Indian journal of veterinary science and animal husbandry - Volume 8,
Year: 1938
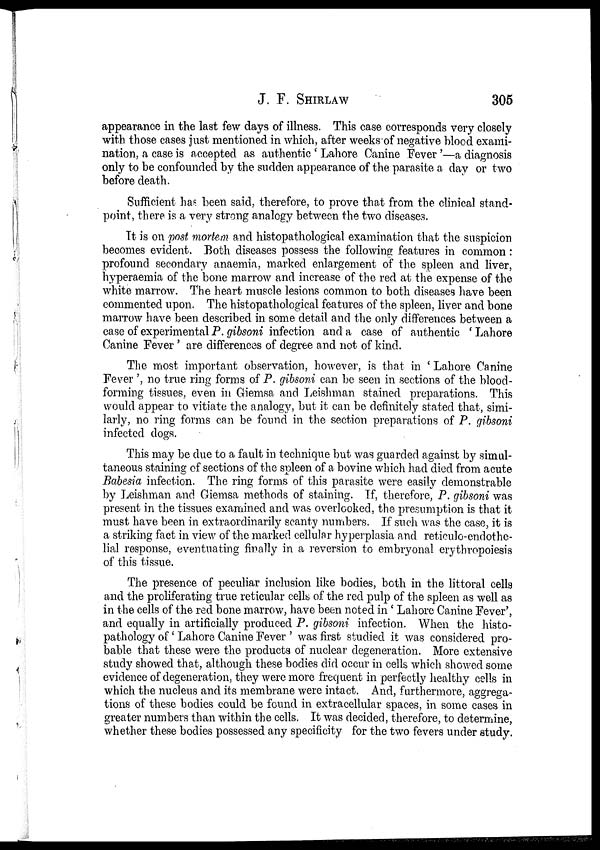
J. F.
SHIRLAW
305
appearance in the last few days of illness. This case corresponds very closely
with those cases just mentioned in which, after weeks of negative blood exami-
nation, a case is accepted as authentic ' Lahore Canine Fever '—a diagnosis
only to be confounded by the sudden appearance of the parasite a day or two
before death.
Sufficient has been said, therefore, to prove that from the clinical stand-
point, there is a very strong analogy between the two diseases.
It is on post mortem and histopathological examination that the suspicion
becomes evident. Both diseases possess the following features in common:
profound secondary anaemia, marked enlargement of the spleen and liver,
hyperaemia of the bone marrow and increase of the red at the expense of the
white marrow. The heart muscle lesions common to both diseases have been
commented upon. The histopathological features of the spleen, liver and bone
marrow have been described in some detail and the only differences between a
case of experimental P. gibsoni infection and a case of authentic 'Lahore
Canine Fever ' are differences of degree and not of kind.
The most important observation, however, is that in ' Lahore Canine
Fever ', no true ring forms of P. gibsoni can be seen in sections of the blood-
forming tissues, even in Giemsa and Leishman stained preparations. This
would appear to vitiate the analogy, but it can be definitely stated that, simi-
larly, no ring forms can be found in the section preparations of P. gibsoni
infected dogs.
This may be due to a fault in technique but was guarded against by simul-
taneous staining of sections of the spleen of a bovine which had died from acute
Babesia infection. The ring forms of this parasite were easily demonstrable
by Leishman and Giemsa methods of staining. If, therefore, P. gibsoni was
present in the tissues examined and was overlooked, the presumption is that it
must have been in extraordinarily scanty numbers. If such was the case, it is
a striking fact in view of the marked cellular hyperplasia and reticulo-endothe¬
lial response, eventuating finally in a reversion to embryonal erythropoiesis
of this tissue.
The presence of peculiar inclusion like bodies, both in the littoral cells
and the proliferating true reticular cells of the red pulp of the spleen as well as
in the cells of the red bone marrow, have been noted in ' Lahore Canine Fever',
and equally in artificially produced P. gibsoni infection. When the histo-
pathology of ' Lahore Canine Fever ' was first studied it was considered pro-
bable that these were the products of nuclear degeneration. More extensive
study showed that, although these bodies did occur in cells which showed some
evidence of degeneration, they were more frequent in perfectly healthy cells in
which the nucleus and its membrane were intact. And, furthermore, aggrega-
tions of these bodies could be found in extracellular spaces, in some cases in
greater numbers than within the cells. It was decided, therefore, to determine,
whether these bodies possessed any specificity for the two fevers under study.